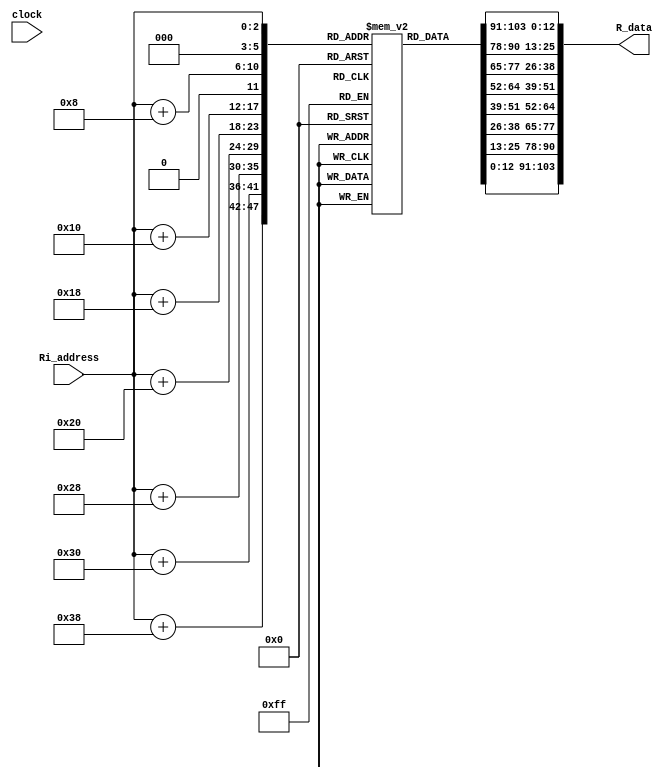
module cprimeROM(clock, Ri_address, R_data);
	parameter ROW_SIZE = 64;

	input clock;
	input[2:0] Ri_address;
	output [103:0] R_data;

	reg signed [12:0] WORD[0:ROW_SIZE-1]; 
	initial begin 
			WORD[0]	= 1448;
			WORD[1] = 2008;
			WORD[2] = 1892;
			WORD[3] = 1702;
			WORD[4] = 1448;
			WORD[5] = 1137;
			WORD[6] = 783;
			WORD[7] = 399;
			WORD[8]	= 1448;
			WORD[9] = 1702;
			WORD[10] = 783;
			WORD[11] = -400;
			WORD[12] = -1449;
			WORD[13] = -2009;
			WORD[14] = -1893;
			WORD[15] = -1138;
			WORD[16] = 1448;
			WORD[17] = 1137;
			WORD[18] = -784;
			WORD[19] = -2009;
			WORD[20] = -1449;
			WORD[21] = 399;
			WORD[22] = 1892;
			WORD[23] = 1702;
			WORD[24] = 1448;
			WORD[25] = 399;
			WORD[26] = -1893;
			WORD[27] = -1138;
			WORD[28] = 1448;
			WORD[29] = 1702;
			WORD[30] = -784;
			WORD[31] = -2009;
			WORD[32] = 1448;
			WORD[33] = -400;
			WORD[34] = -1893;
			WORD[35] = 1137;
			WORD[36] = 1448;
			WORD[37] = -1703;
			WORD[38] = -784;
			WORD[39] = 2008;
			WORD[40] = 1448;
			WORD[41] = -1138;
			WORD[42] = -784;
			WORD[43] = 2008;
			WORD[44] = -1449;
			WORD[45] = -400;
			WORD[46] = 1892;
			WORD[47] = -1703;
			WORD[48] = 1448;
			WORD[49] = -1703;
			WORD[50] = 783;
			WORD[51] = 399;
			WORD[52] = -1449;
			WORD[53] = 2008;
			WORD[54] = -1893;
			WORD[55] = 1137;
			WORD[56] = 1448;
			WORD[57] = -2009;
			WORD[58] = 1892;
			WORD[59] = -1703;
			WORD[60] = 1448;
			WORD[61] = -1138;
			WORD[62] = 783;
			WORD[63] = -400;

	end
	assign R_data = {WORD[Ri_address], WORD[Ri_address + 8], WORD[Ri_address + 16], WORD[Ri_address + 24], WORD[Ri_address + 32], WORD[Ri_address + 40], WORD[Ri_address + 48], WORD[Ri_address + 56]};

endmodule